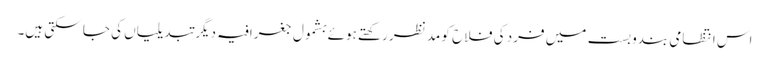
اس انتظامی بندوبست میں فرد کی فلاح کو مد نظر رکھتے ہوئے بشمول جغرافیہ دیگر تبدیلیاں کی جا سکتی ہیں۔